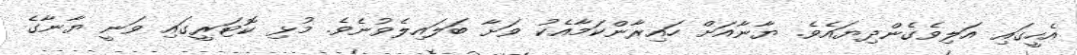
އެހީގައި އަލިވެގެންދިޔައެވެ. ޔާނާއަށް ހައިރާންކަމާއެކު ވަށާ ބަލައިލެވުނެވެ. މުޅި ކޮޓަރީގައި ވަނީ ޔާނާގެ